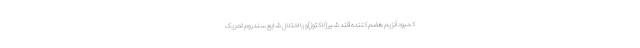
کمبود آنزیم هضم کننده قند شیر(لاکتوز)و یا اختلال شایع سندروم تحریک